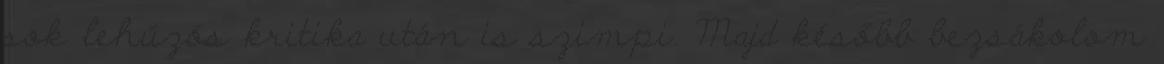
sok lehúzós kritika után is szimpi. Majd később bezsákolom